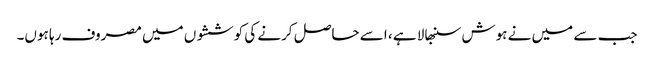
جب سے میں نے ہوش سنبھالا ہے ، اسے حاصل کرنے کی کوششوں میں مصروف رہا ہوں۔